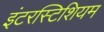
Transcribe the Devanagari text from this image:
इंटरस्टिशियम